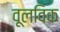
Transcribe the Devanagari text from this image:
वूलविक